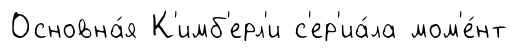
Основна́я К'имб'ерл'и с'ер'иа́ла мом'е́нт